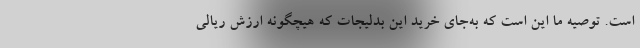
است. توصیه ما این است که به‌جای خرید این بدلیجات که هیچگونه ارزش ریالی